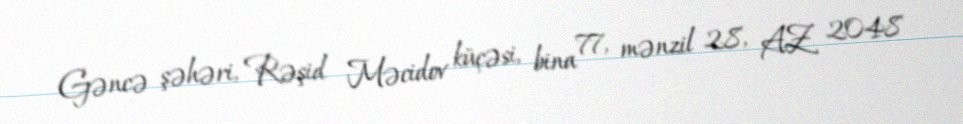
Gəncə şəhəri, Rəşid Məcidov küçəsi, bina 77, mənzil 28, AZ 2048